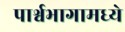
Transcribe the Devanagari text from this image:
पार्श्वभागामध्ये